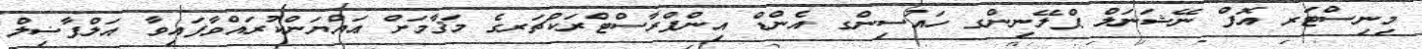
މިނިސްޓަރ އޮފް ނޭޝަނަލް ޕްލޭނިންގ ހައުސިންގ އެންޑް އިންފްރާސްޓްރަކްޗަރގެ މަޤާމަށް ޢައްޔަންކުރައްވާފައިވާ އަލްފާޟިލް